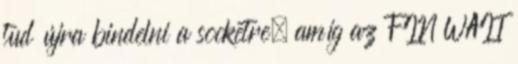
tud újra bindelni a socketre, amíg az FIN WAIT